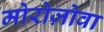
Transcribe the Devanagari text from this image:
मोरोज़ोवा